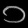
Digit: ၁